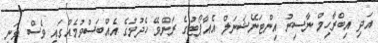
އަދި އިބްރާހިމް ނާސިރު އިންޓަނޭޝަނަލް އެއާޕޯޓުގެ ރަންވޭ ހެދުމުގެ އެއްބަސްވުމެއްގައި ވެސް ވަނީ